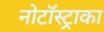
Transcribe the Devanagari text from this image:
नोटॉस्ट्राका